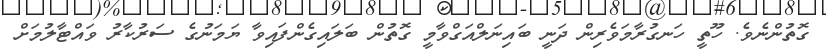
ގޮތުންނެވެ. ހޫތީ ހަނގުރާމަވެރިން ދަނީ ބައިނަލްއަގްވާމީ ގޮތުން ބަލައިގެންފައިވާ ޔަަމަނުގެ ސަރުކާރު ވައްޓާލުމަށް